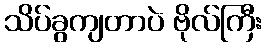
သိပ်ခွကျတာပဲ ဗိုလ်ကြီး